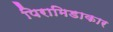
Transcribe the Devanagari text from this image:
पिरामिडाकार